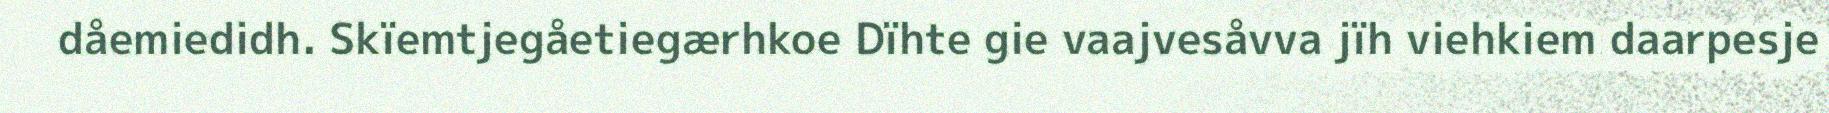
dåemiedidh. Skïemtjegåetiegærhkoe Dïhte gie vaajvesåvva jïh viehkiem daarpesje